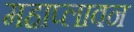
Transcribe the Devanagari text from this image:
महाप्लावन